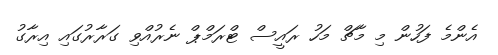
އެންމެ ފަހުން މި މާޗް މަހު ރައީސް ޓްރަމްޕް ނެރުއްވި ގަރާރުގައި އިރާގު